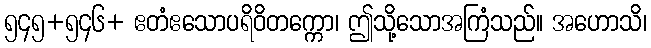
၅၄၅+၅၄၆+ ဧတံဧသောပရိဝိတက္ကော၊ ဤသို့သောအကြံသည်။ အဟောသိ၊